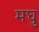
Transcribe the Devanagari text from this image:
मघु